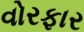
વોરફાર